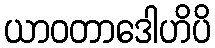
ယာဝတာဒေါဟိပိ